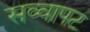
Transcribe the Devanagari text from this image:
सव्वापट